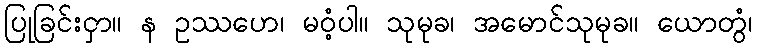
ပြုခြင်းငှာ။ န ဥဿဟေ၊ မဝံ့ပါ။ သုမုခ၊ အမောင်သုမုခ။ ယောတွံ၊